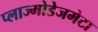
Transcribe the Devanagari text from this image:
प्लाज्मोडेजमेटा